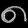
Digit: ၈